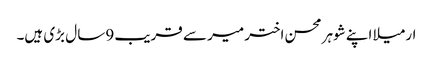
ارمیلا اپنے شوہر محسن اختر میر سے قریب 9سا ل بڑی ہیں۔